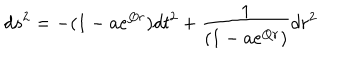
d s ^ { 2 } = - ( 1 - a e ^ { Q r } ) d t ^ { 2 } + \frac { 1 } { ( 1 - a e ^ { Q r } ) } d r ^ { 2 }